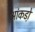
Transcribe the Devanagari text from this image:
आंकडो़